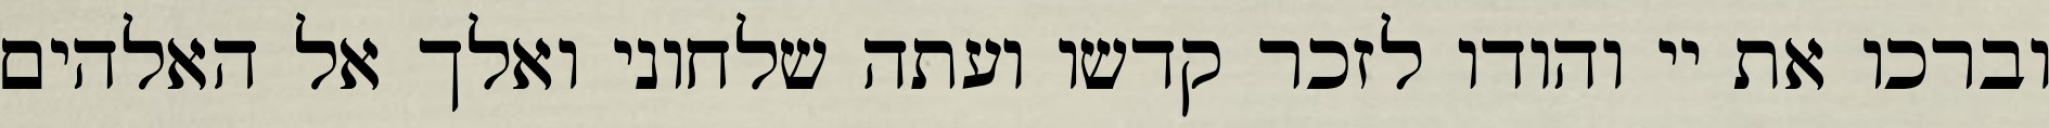
וברכו את יי והודו לזכר קדשו ועתה שלחוני ואלך אל האלהים